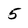
Character: 5